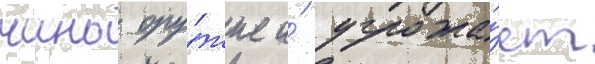
чино ору́жие и́ угрожа́ет